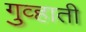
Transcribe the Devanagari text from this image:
गुव्हाती